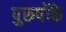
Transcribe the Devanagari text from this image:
पुरुषोंके